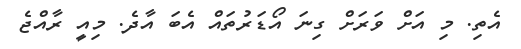
އެތި. މި އަށް ވަރަށް ގިނަ އޯޑަރުތައް އެބަ އާދެ. މިއީ ރާއްޖެ